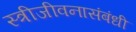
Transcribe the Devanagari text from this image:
स्त्रीजीवनासंबंधी